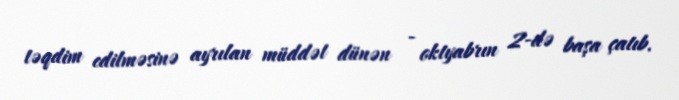
təqdim edilməsinə ayrılan müddət dünən - oktyabrın 2-də başa çatıb.